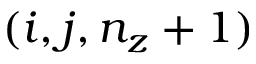
( i , j , n _ { z } + 1 )